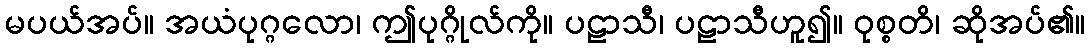
မပယ်အပ်။ အယံပုဂ္ဂလော၊ ဤပုဂ္ဂိုလ်ကို။ ပဠာသီ၊ ပဠာသီဟူ၍။ ဝုစ္စတိ၊ ဆိုအပ်၏။